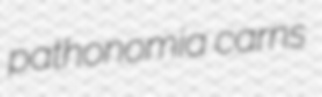
pathonomia carns